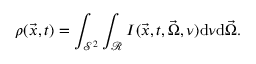
\rho ( \vec { x } , t ) = \int _ { \mathcal { S } ^ { 2 } } \int _ { \mathcal { R } } I ( \vec { x } , t , \vec { \Omega } , \nu ) \mathrm { d } \nu \mathrm { d } \vec { \Omega } .